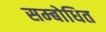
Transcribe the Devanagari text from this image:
सम्‍बोधित